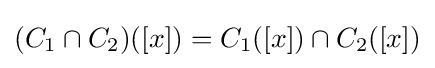
(C_{1}\cap C_{2})([x])=C_{1}([x])\cap C_{2}([x])